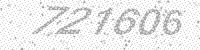
Solution: 721606